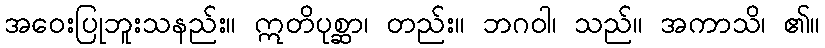
အဝေးပြုဘူးသနည်း။ ဣတိပုစ္ဆာ၊ တည်း။ ဘဂဝါ၊ သည်။ အကာသိ၊ ၏။